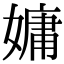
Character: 嫞